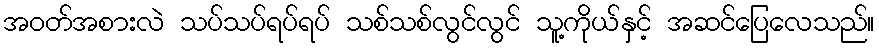
အဝတ်အစားလဲ သပ်သပ်ရပ်ရပ် သစ်သစ်လွင်လွင် သူ့ကိုယ်နှင့် အဆင်ပြေလေသည်။